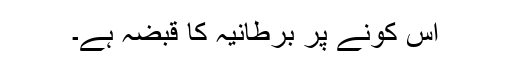
اس کونے پر برطانیہ کا قبضہ ہے۔